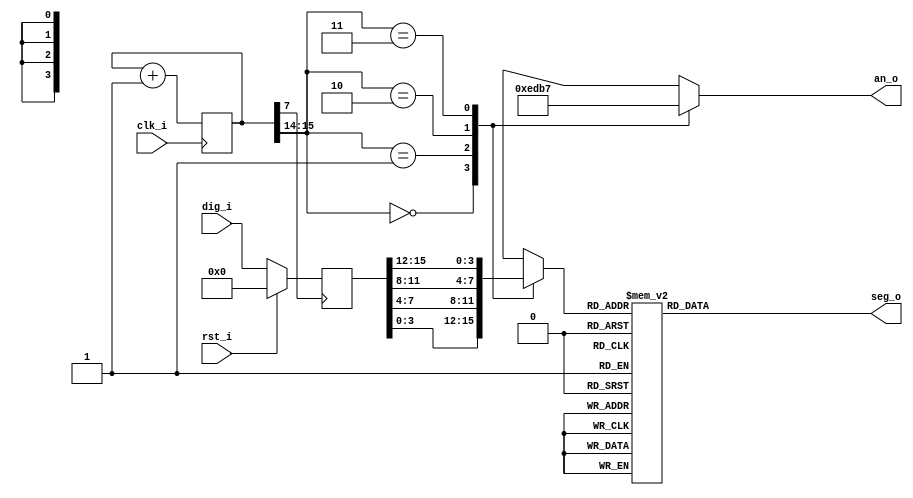
module disp7(
	input 			clk_i, 
	input 			rst_i, 
	input 	[15:0] 	dig_i, //4 digits in BCD to be displayed
	output reg [6:0] seg_o, 
	output reg [3:0] an_o
	);

reg [15:0] div = 16'b0; //frequency divider 
always @(posedge clk_i)
	div <= div+1'b1; 

reg [15:0] dataR = 16'b0; 
always @(posedge div[7]) begin //Register dig_i 
	if(rst_i)
		dataR <= 16'b0; 
	else 
		dataR <= dig_i; 
end 

reg[3:0] BCD = 4'b0; 
always @(div[15:14], dataR) begin 	//Sweeps values to be displayed 
									//for each digit. 
	case(div[15:14]) 
		2'h0: begin 
			an_o <= 4'b1110; 
			BCD <= dataR[3:0];
		end 
		2'h1: begin 
			an_o <= 4'b1101; 
			BCD <= dataR[7:4];
		end 
		2'h2: begin 
			an_o <= 4'b1011; 
			BCD <= dataR[11:8];
		end 
		2'h3: begin 
			an_o <= 4'b0111; 
			BCD <= dataR[15:12];
		end  
		default: begin 
			an_o <= 4'b1111; 
			BCD <= 4'hF;
		end 
	endcase 
end 

always @(BCD) begin //Decoder
	case(BCD)
		4'h0 : seg_o <= 7'b0000001; 
		4'h1 : seg_o <= 7'b1001111; 
		4'h2 : seg_o <= 7'b0010010; 
		4'h3 : seg_o <= 7'b0000110; 
		4'h4 : seg_o <= 7'b1001100; 
		4'h5 : seg_o <= 7'b0100100; 
		4'h6 : seg_o <= 7'b0100000; 
		4'h7 : seg_o <= 7'b0001111; 
		4'h8 : seg_o <= 7'b0000000; 
		4'h9 : seg_o <= 7'b0000100;
		4'hA : seg_o <= 7'b0001000;
		4'hB : seg_o <= 7'b1100000;
		4'hC : seg_o <= 7'b0110001;
		4'hD : seg_o <= 7'b1000010;
		4'hE : seg_o <= 7'b0110000;
		4'hF : seg_o <= 7'b0111000;
		default : seg_o <= 7'b1111111;	
	endcase
end 
endmodule